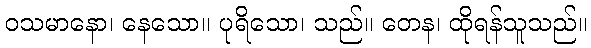
ဝသမာနော၊ နေသော။ ပုရိသော၊ သည်။ တေန၊ ထိုရန်သူသည်။